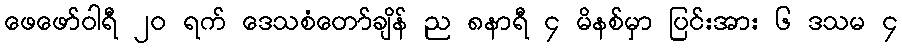
ဖေဖော်ဝါရီ ၂၀ ရက် ဒေသစံတော်ချိန် ည ၈နာရီ ၄ မိနစ်မှာ ပြင်းအား ၆ ဒသမ ၄